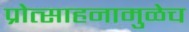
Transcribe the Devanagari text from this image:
प्रोत्साहनामुळेच